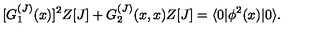
[ G _ { 1 } ^ { ( J ) } ( x ) ] ^ { 2 } Z [ J ] + G _ { 2 } ^ { ( J ) } ( x , x ) Z [ J ] = \langle 0 | \phi ^ { 2 } ( x ) | 0 \rangle .